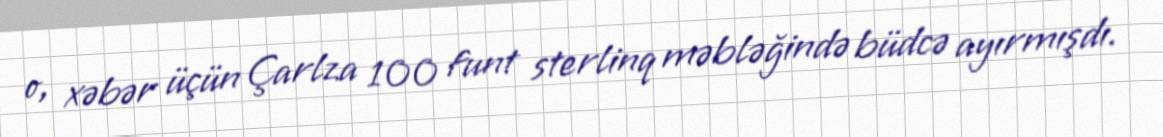
o, xəbər üçün Çarlza 100 funt sterlinq məbləğində büdcə ayırmışdı.